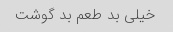
خیلی بد طعم بد گوشت